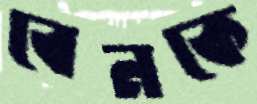
বেনকে